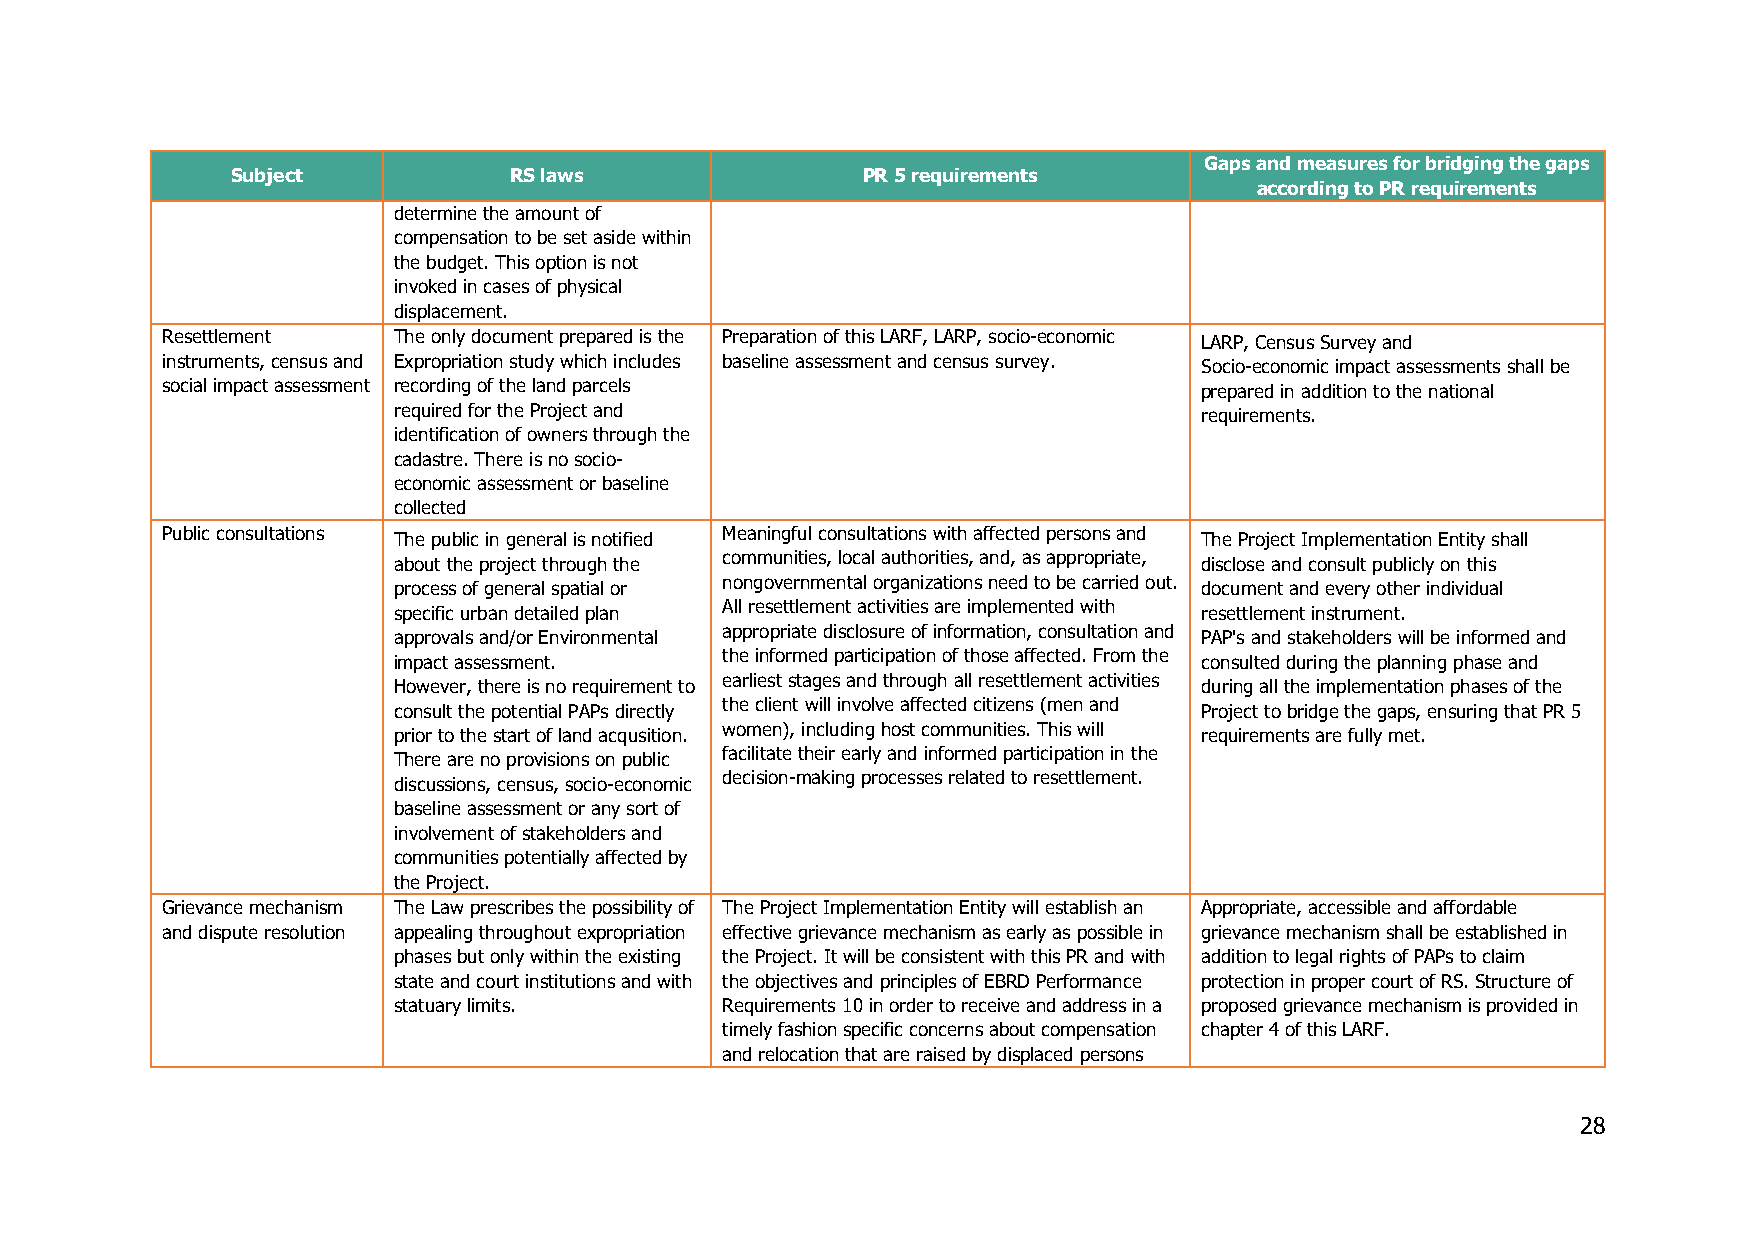
Gaps and measures for bridging the gaps
 Subject            RS laws                PR 5 requirements
 according to PR requirements
 determine the amount of
 compensation to be set aside within
 the budget. This option is not
 invoked in cases of physical
 displacement.
 Resettlement   The only document prepared is the Preparation of this LARF, LARP, socio-economic LARP, Census Survey and
 instruments, census and Expropriation study which includes baseline assessment and census survey. Socio-economic impact assessments shall be
 social impact assessment recording of the land parcels              prepared in addition to the national
 required for the Project and                         requirements.
 identification of owners through the
 cadastre. There is no socio-
 economic assessment or baseline
 collected
 Public consultations                 Meaningful consultations with affected persons and
 The public in general is notified                    The Project Implementation Entity shall
 communities, local authorities, and, as appropriate,
 about the project through the                        disclose and consult publicly on this
 nongovernmental organizations need to be carried out.
 process of general spatial or                        document and every other individual
 All resettlement activities are implemented with
 specific urban detailed plan                         resettlement instrument.
 appropriate disclosure of information, consultation and
 approvals and/or Environmental                       PAP's and stakeholders will be informed and
 impact assessment.    the informed participation of those affected. From the consulted during the planning phase and
 earliest stages and through all resettlement activities
 However, there is no requirement to                  during all the implementation phases of the
 the client will involve affected citizens (men and
 consult the potential PAPs directly                  Project to bridge the gaps, ensuring that PR 5
 prior to the start of land acqusition. women), including host communities. This will requirements are fully met.
 facilitate their early and informed participation in the
 There are no provisions on public
 decision-making processes related to resettlement.
 discussions, census, socio-economic
 baseline assessment or any sort of
 involvement of stakeholders and
 communities potentially affected by
 the Project.
 Grievance mechanism The Law prescribes the possibility of The Project Implementation Entity will establish an Appropriate, accessible and affordable
 and dispute resolution appealing throughout expropriation effective grievance mechanism as early as possible in grievance mechanism shall be established in
 phases but only within the existing the Project. It will be consistent with this PR and with addition to legal rights of PAPs to claim
 state and court institutions and with the objectives and principles of EBRD Performance protection in proper court of RS. Structure of
 statuary limits.      Requirements 10 in order to receive and address in a proposed grievance mechanism is provided in
 timely fashion specific concerns about compensation chapter 4 of this LARF.
 and relocation that are raised by displaced persons
 28